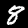
Digit: 8